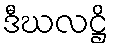
ဒီဃလဋ္ဌိ